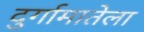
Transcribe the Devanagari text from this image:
दुर्गामातेला